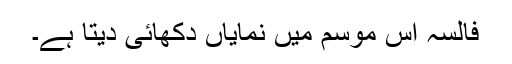
فالسہ اس موسم میں نمایاں دکھائی دیتا ہے۔